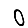
Digit: 0